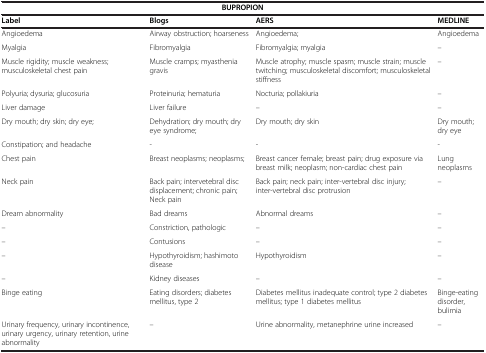
| <COLSPAN=4> BUPROPION |
 | Label | Blogs | AERS | MEDLINE |
 | --- | --- | --- | --- |
 | Angioedema | Airway obstruction; hoarseness | Angioedema; | Angioedema |
 | Myalgia | Fibromyalgia | Fibromyalgia; myalgia | – |
 | Muscle rigidity; muscle weakness; musculoskeletal chest pain | Muscle cramps; myasthenia gravis | Muscle atrophy; muscle spasm; muscle strain; muscle twitching; musculoskeletal discomfort; musculoskeletal stiffness | – |
 | Polyuria; dysuria; glucosuria | Proteinuria; hematuria | Nocturia; pollakiuria | – |
 | Liver damage | Liver failure | – | – |
 | Dry mouth; dry skin; dry eye; | Dehydration; dry mouth; dry eye syndrome; | Dry mouth; dry skin | Dry mouth; dry eye |
 | Constipation; and headache | - | - | - |
 | Chest pain | Breast neoplasms; neoplasms; | Breast cancer female; breast pain; drug exposure via breast milk; neoplasm; non-cardiac chest pain | Lung neoplasms |
 | Neck pain | Back pain; intervetebral disc displacement; chronic pain; Neck pain | Back pain; neck pain; inter-vertebral disc injury; inter-vertebral disc protrusion | – |
 | Dream abnormality | Bad dreams | Abnormal dreams | – |
 | – | Constriction, pathologic | – | – |
 | – | Contusions | – | – |
 | – | Hypothyroidism; hashimoto disease | Hypothyroidism | – |
 | – | Kidney diseases | – | – |
 | Binge eating | Eating disorders; diabetes mellitus, type 2 | Diabetes mellitus inadequate control; type 2 diabetes mellitus; type 1 diabetes mellitus | Binge-eating disorder, bulimia |
 | Urinary frequency, urinary incontinence, urinary urgency, urinary retention, urine abnormality | – | Urine abnormality, metanephrine urine increased | – |